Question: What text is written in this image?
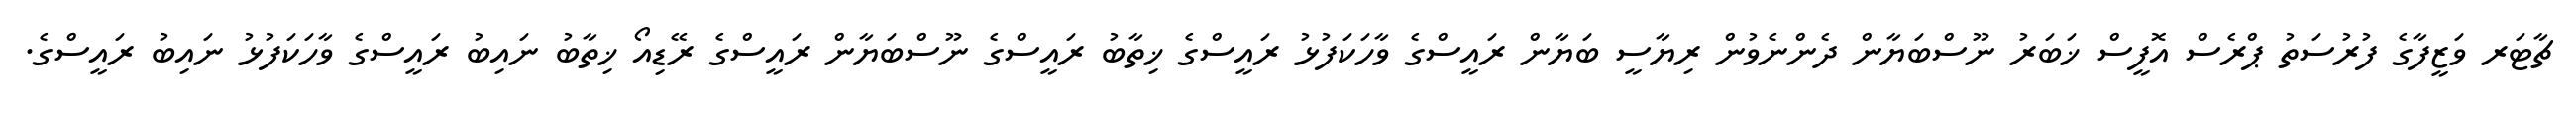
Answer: ޗާޓަރ ވަޒީފާގެ ފުރުސަތު ޕްރެސް އޮފީސް ޚަބަރު ނޫސްބަޔާން ދެންނެވުން ރިޔާސީ ބަޔާން ރައީސްގެ ވާހަކަފުޅު ރައީސްގެ ޚިތާބު ރައީސްގެ ނޫސްބަޔާން ރައީސްގެ ރޭޑިއޯ ޚިތާބު ނައިބު ރައީސްގެ ވާހަކަފުޅު ނައިބު ރައީސްގެ.